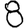
Digit: 8